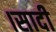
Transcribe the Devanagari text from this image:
।सादी